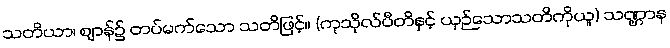
သတိယာ၊ ဈာန်၌ တပ်မက်သော သတိဖြင့်။ (ကုသိုလ်ပီတိနှင့် ယှဉ်သောသတိကိုယူ) သဏ္ဌာန